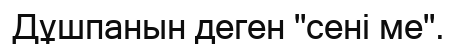
Дұшпанын деген "сені ме".